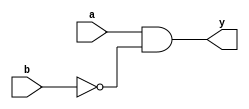
module combinational_logic (
    input wire a,
    input wire b,
    output reg y
);

assign y = a & ~b;

endmodule